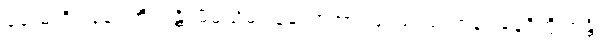
ခေးမကို။ နေဝကိဏန္တိ၊ မိမိသိမ်းယူသောအားဖြင့်မဝယ် ကုန်။ နေဝိက္ကိဏန္တိ၊